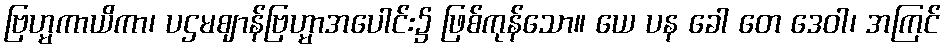
ဗြဟ္မကာယိကာ၊ ပဌမဈာန်ဗြဟ္မာအပေါင်း၌ ဖြစ်ကုန်သော။ ယေ ပန ခေါ တေ ဒေဝါ၊ အကြင်